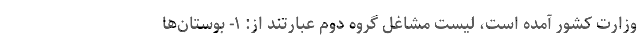
وزارت کشور آمده است، لیست مشاغل گروه دوم عبارتند از: ۱- بوستان‌ها